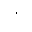
Letter: _alif